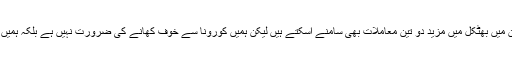
انہوں نے کہا کہ اللہ نہ کرے اگلے دو تین دن میں بھٹکل میں مزید دو تین معاملات بھی سامنے آسکتے ہیں لیکن ہمیں کورونا سے خوف کھانے کی ضرورت نہیں ہے بلکہ ہمیں اس وباء سےمقابلہ کرنے کی ضرورت ہے۔